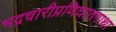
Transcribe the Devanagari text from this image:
भद्रचारीप्रणिघातगाथा